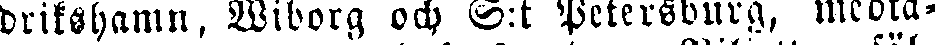
drikshamn, Wiborg och S:t Petersburg, medta-